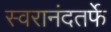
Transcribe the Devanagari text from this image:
स्वरानंदतर्फे